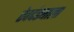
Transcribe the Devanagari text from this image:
रेवदंड्याला